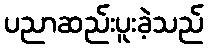
ပညာဆည်းပူးခဲ့သည်